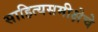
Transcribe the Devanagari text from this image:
साहित्यसमीक्षेचे